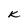
Character: K